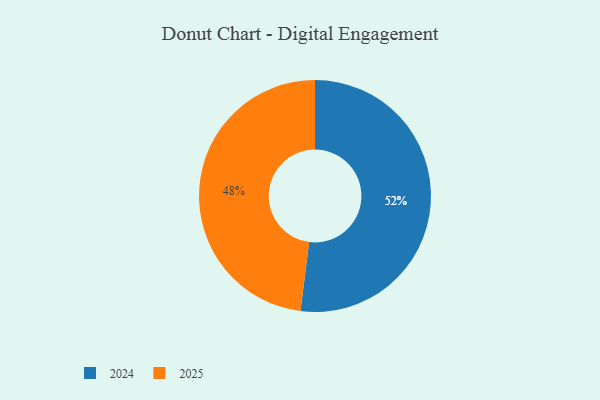
{"axis": {"x": "Category", "y": "Percentage"}, "legend": ["2024", "2025"], "data": [{"x": "2025", "y": 48, "type": "2025"}, {"x": "2024", "y": 52, "type": "2024"}]}